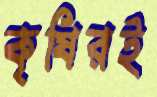
কৃষিরই